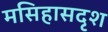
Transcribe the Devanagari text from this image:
मसिहासदृश